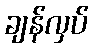
ချန်လှပ်